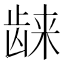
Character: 𱌴